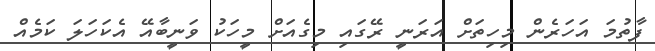
ފާތުމަ އަހަރެން މިހިތަށް އަރަނީ ރޭގައި މިގެއަށް މީހަކު ވަނީބާއޭ އެކަހަލަ ކަމެއް